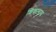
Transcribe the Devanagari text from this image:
शिकलास